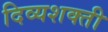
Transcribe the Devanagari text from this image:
दिव्यशक्ती